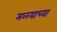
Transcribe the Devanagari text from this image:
मळ्याच्या